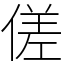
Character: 傞